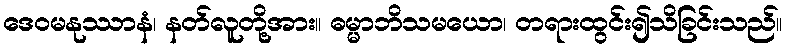
ဒေဝမနုဿာနံ၊ နတ်လူတို့အား။ ဓမ္မာဘိသမယော၊ တရားထွင်း၍သိခြင်းသည်။